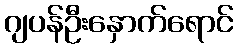
ဂျပန်ဦးနှောက်ရောင်